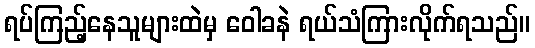
ရပ်ကြည့်နေသူများထဲမှ ဝေါခနဲ ရယ်သံကြားလိုက်ရသည်။